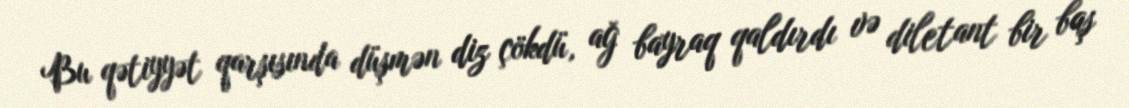
Bu qətiyyət qarşısında düşmən diz çökdü, ağ bayraq qaldırdı və diletant bir baş